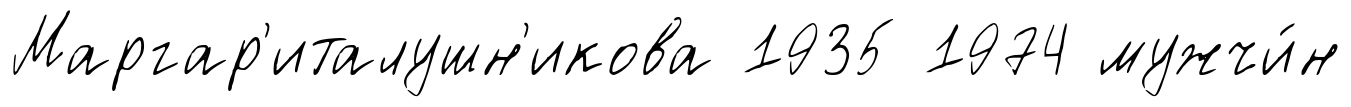
Маргар'италушн'икова 1935 1974 мужчи́н